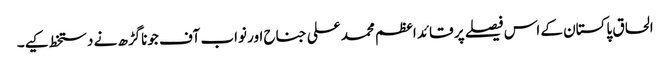
الحاق پاکستان کے اس فیصلے پر قائد اعظم محمد علی جناح اور نواب آف جوناگڑھ نے دستخط کیے۔